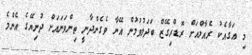
މި އަގާއެކު ރެއާލްއަށް ރޮޑްރިގޭޒް ބަދަލުވުމުން އޭނާ ވެގެންދާނީ ތިންވަނައަށް ދުނިޔޭގެ އެންމެ